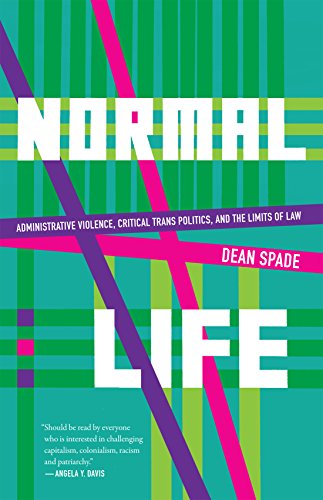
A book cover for Normal Life: Administrative Violence, Critical Trans Politics, and the Limits of Law; Dean Spade; Law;